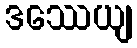
ဒဿေယျ